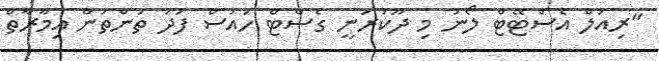
"ރިއަލް އެސްޓޭޓް ލޯނު މި ދޫކުރަނީ ގެސްޓް ހައުސް ފަދަ ތަންތަން އިމާރާތް